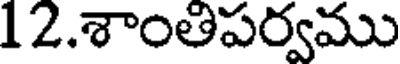
12.శాంతిపర్వము